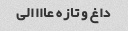
داغ و تازه عاااالی